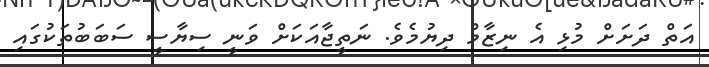
އަތް ދަށަށް މުޅި އެ ނިޒާމް ދިޔުމެވެ. ނަތީޖާއަކަށް ވަނީ ސިޔާސީ ސަބަބުތަކުގައި